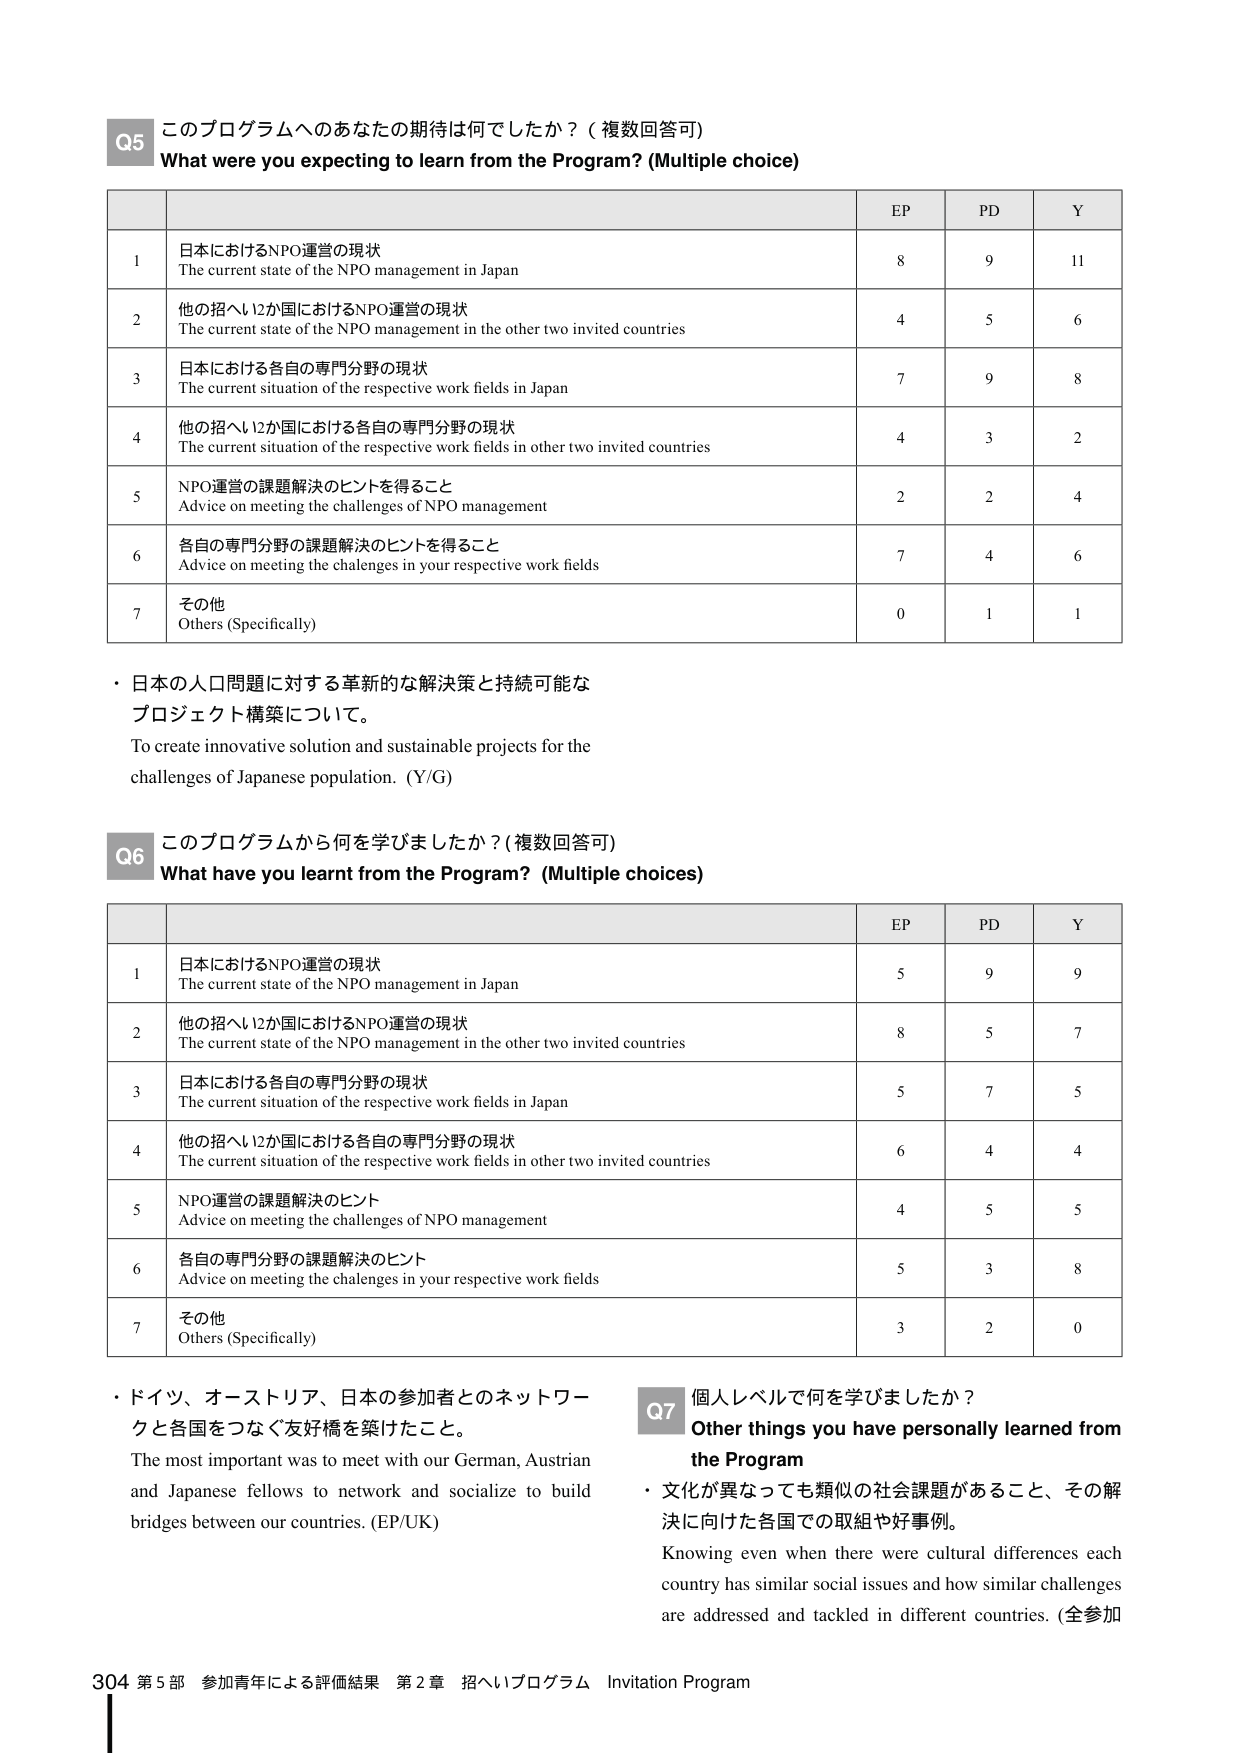
Q5 このプログラムへのあなたの期待は何でしたか？（複数回答可）
What were you expecting to learn from the Program? (Multiple choice)

| | | EP | PD | Y |
|---|---|---|---|---|
| 1 | 日本におけるNPO運営の現状
The current state of the NPO management in Japan | 8 | 9 | 11 |
| 2 | 他の招へい2か国におけるNPO運営の現状
The current state of the NPO management in the other two invited countries | 4 | 5 | 6 |
| 3 | 日本における各自の専門分野の現状
The current situation of the respective work fields in Japan | 7 | 9 | 8 |
| 4 | 他の招へい2か国における各自の専門分野の現状
The current situation of the respective work fields in other two invited countries | 4 | 3 | 2 |
| 5 | NPO運営の課題解決のヒントを得ること
Advice on meeting the challenges of NPO management | 2 | 2 | 4 |
| 6 | 各自の専門分野の課題解決のヒントを得ること
Advice on meeting the challenges in your respective work fields | 7 | 4 | 6 |
| 7 | その他
Others (Specifically) | 0 | 1 | 1 |

・日本の人口問題に対する革新的な解決策と持続可能なプロジェクト構築について。
To create innovative solution and sustainable projects for the challenges of Japanese population. (Y/G)

Q6 このプログラムから何を学びましたか？（複数回答可）
What have you learnt from the Program? (Multiple choices)

| | | EP | PD | Y |
|---|---|---|---|---|
| 1 | 日本におけるNPO運営の現状
The current state of the NPO management in Japan | 5 | 9 | 9 |
| 2 | 他の招へい2か国におけるNPO運営の現状
The current state of the NPO management in the other two invited countries | 8 | 5 | 7 |
| 3 | 日本における各自の専門分野の現状
The current situation of the respective work fields in Japan | 5 | 7 | 5 |
| 4 | 他の招へい2か国における各自の専門分野の現状
The current situation of the respective work fields in other two invited countries | 6 | 4 | 4 |
| 5 | NPO運営の課題解決のヒント
Advice on meeting the challenges of NPO management | 4 | 5 | 5 |
| 6 | 各自の専門分野の課題解決のヒント
Advice on meeting the challenges in your respective work fields | 5 | 3 | 8 |
| 7 | その他
Others (Specifically) | 3 | 2 | 0 |

・ドイツ、オーストリア、日本の参加者とのネットワークと各国をつなぐ友好橋を架けたこと。
The most important was to meet with our German, Austrian and Japanese fellows to network and socialize to build bridges between our countries. (EP/UK)

Q7 個人レベルで何を学びましたか？
Other things you have personally learned from the Program
・文化が異なっても類似の社会課題があること、その解決に向けた各国での取組や好事例。
Knowing even when there were cultural differences each country has similar social issues and how similar challenges are addressed and tackled in different countries. (全参加

304 第5部 参加青年による評価結果 第2章 招へいプログラム Invitation Program